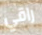
راقي